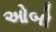
ઓબો